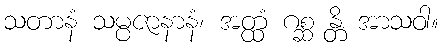
သတာနံ သမ္ပဇာနာနံ၊ အတ္ထံ ဂစ္ဆ န္တိ အာသဝါ။